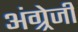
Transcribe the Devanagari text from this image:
अंग्र्रेजी